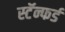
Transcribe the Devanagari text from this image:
स्टॅन्फर्ड